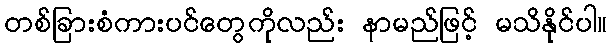
တစ်ခြားစံကားပင်တွေကိုလည်း နာမည်ဖြင့် မသိနိုင်ပါ။